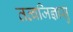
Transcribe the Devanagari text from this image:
तत्वजिज्ञासु